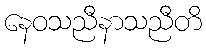
နေဝသညီနာသညီတိ